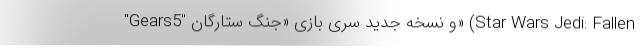
"Gears5" و نسخه جدید سری بازی «جنگ ستارگان» (Star Wars Jedi: Fallen